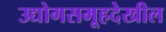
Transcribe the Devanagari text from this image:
उद्योगसमूहदेखील